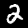
Label: 2